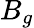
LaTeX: B_{g}